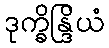
ဒုက္ခိန္ဒြိယံ